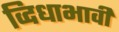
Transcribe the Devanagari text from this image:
व्दिधाभावी